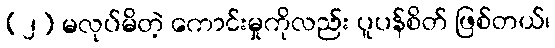
(၂) မလုပ်မိတဲ့ ကောင်းမှုကိုလည်း ပူပန်စိတ် ဖြစ်တယ်၊